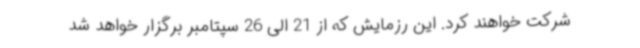
شرکت خواهند کرد. این رزمایش که از 21 الی 26 سپتامبر برگزار خواهد شد